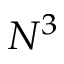
N ^ { 3 }